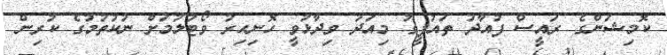
ކޮމިޝަންގެ ރައީސް ފުއާދު ތައުފީގު މިއަދު ވިދާޅުވީ ހޮނިހިރު ވޯޓުލުމަށް ނުކުތުމުގެ ކުރިން